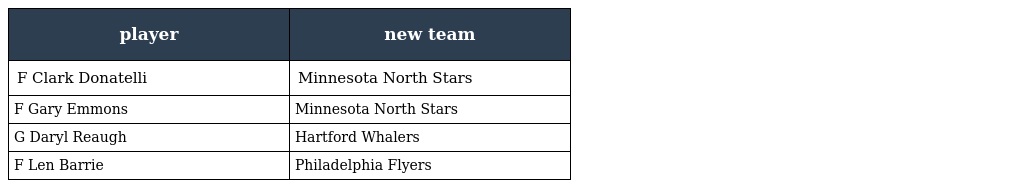
| player | new team |
 | --- | --- |
 | F Clark Donatelli | Minnesota North Stars |
 | F Gary Emmons | Minnesota North Stars |
 | G Daryl Reaugh | Hartford Whalers |
 | F Len Barrie | Philadelphia Flyers |